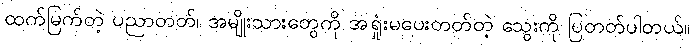
ထက်မြက်တဲ့ ပညာတတ်၊ အမျိုးသားတွေကို အရှုံးမပေးတတ်တဲ့ သွေးကို ပြတတ်ပါတယ်။